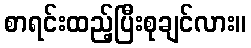
စာရင်းထည့်ပြီးစုချင်လား။